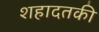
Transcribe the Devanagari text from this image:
शहादतकी